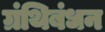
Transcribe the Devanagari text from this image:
ग्रंथिबंधन